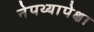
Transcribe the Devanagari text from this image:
नेपथ्यापेक्षा